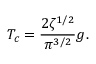
T _ { c } = \frac { 2 \zeta ^ { 1 / 2 } } { \pi ^ { 3 / 2 } } g .